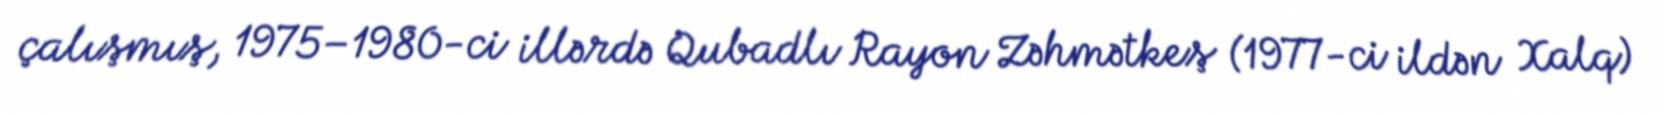
çalışmış, 1975–1980-ci illərdə Qubadlı Rayon Zəhmətkeş (1977-ci ildən Xalq)